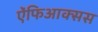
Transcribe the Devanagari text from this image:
ऐंफिआक्सस